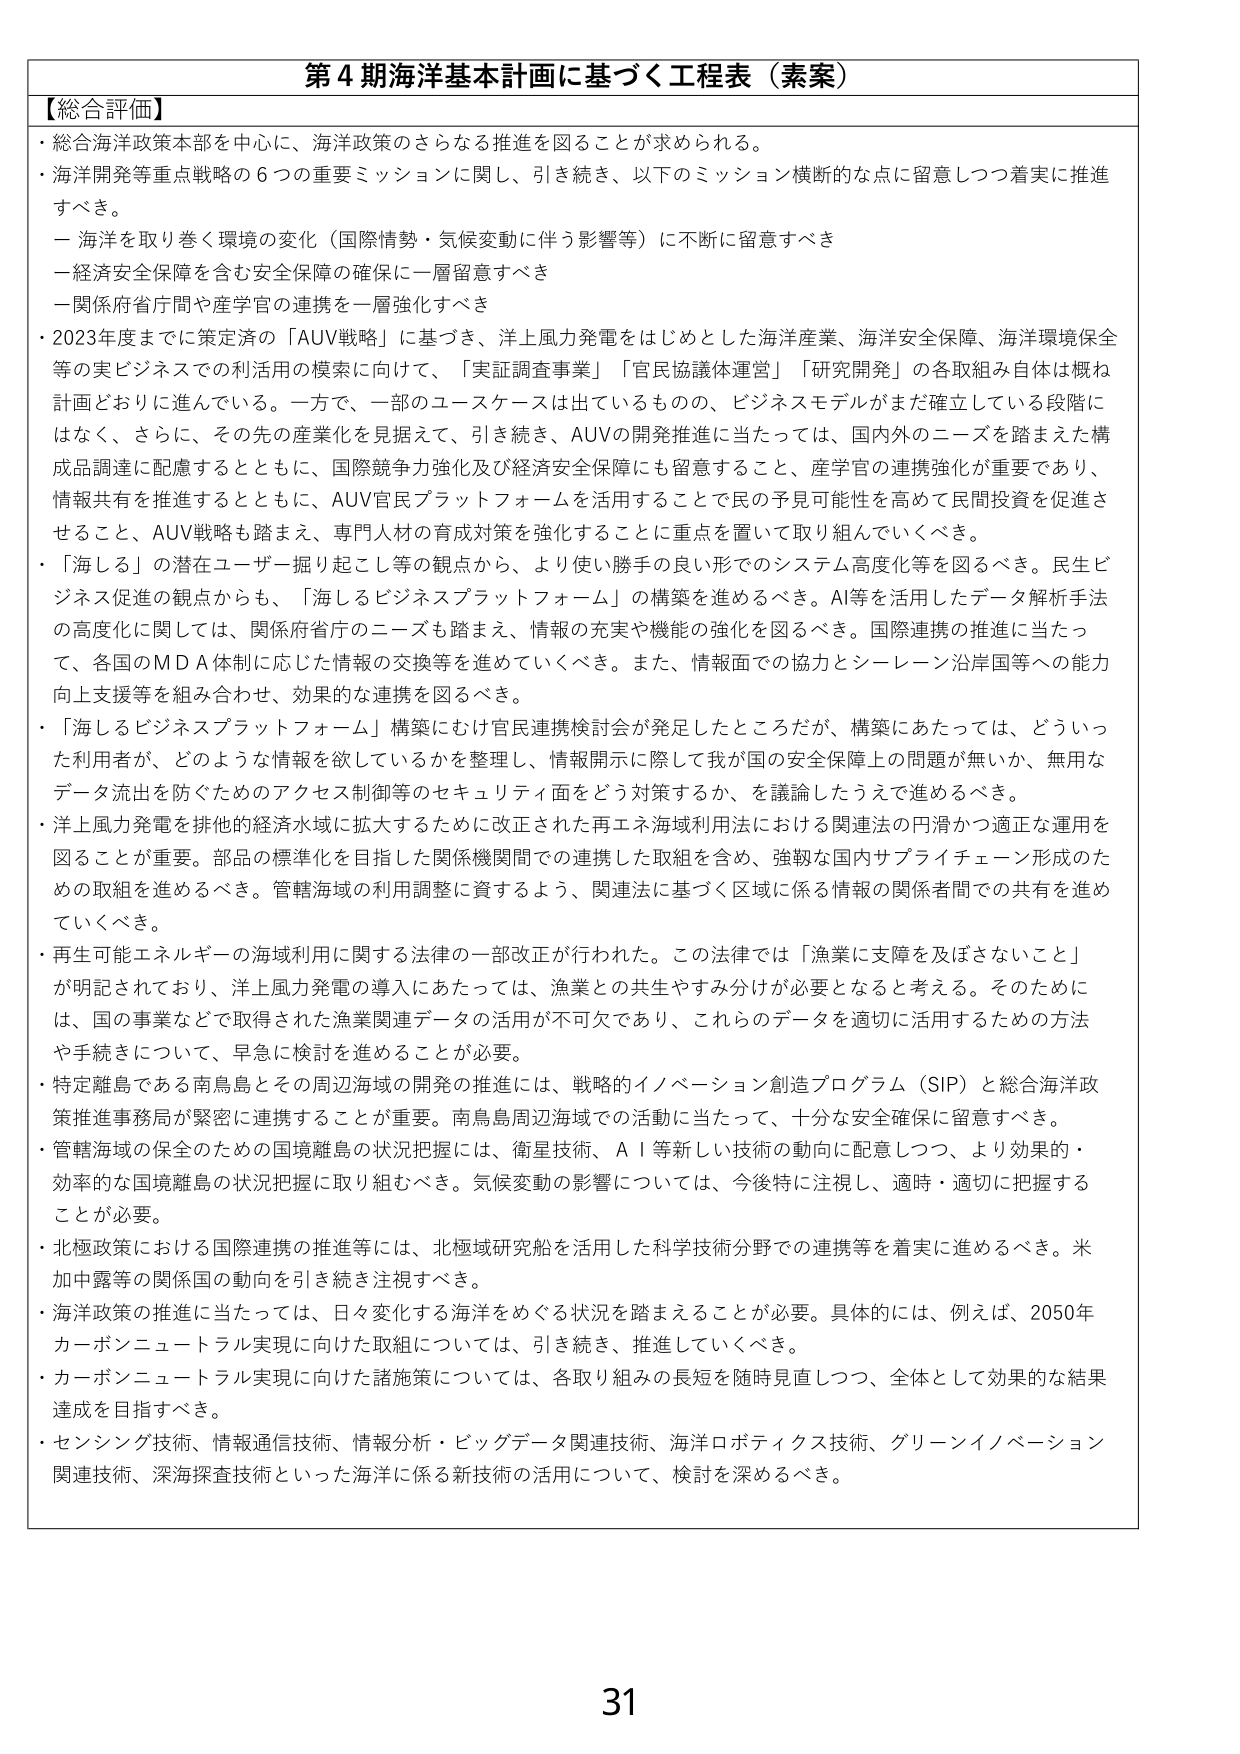
第４期海洋基本計画に基づく工程表（素案）

【総合評価】

・総合海洋政策本部を中心に、海洋政策のさらなる推進を図ることが求められる。

・海洋開発等重点戦略の６つの重要ミッションに関し、引き続き、以下のミッション横断的な点に留意しつつ着実に推進すべき。

　－海洋を取り巻く環境の変化（国際情勢・気候変動に伴う影響等）に不断に留意すべき

　－経済安全保障を含む安全保障の確保に一層留意すべき

　－関係府省庁間や産学官の連携を一層強化すべき

・2023年度までに策定済の「AUV戦略」に基づき、洋上風力発電をはじめとした海洋産業、海洋安全保障、海洋環境保全等の実ビジネスでの利活用の模索に向けて、「実証調査事業」「官民協議体運営」「研究開発」の各取組み自体は概ね計画どおりに進んでいる。一方で、一部のユースケースは出ているものの、ビジネスモデルがまだ確立している段階にはなく、さらに、その先の産業化を見据えて、引き続き、AUVの開発推進に当たっては、国内外のニーズを踏まえた構成品調達に配慮するとともに、国際競争力強化及び経済安全保障にも留意すること、産学官の連携強化が重要であり、情報共有を推進するとともに、AUV官民プラットフォームを活用することで民の予見可能性を高めて民間投資を促進させること、AUV戦略も踏まえ、専門人材の育成対策を強化することに重点を置いて取り組んでいくべき。

・「海しる」の潜在ユーザー掘り起こし等の観点から、より使い勝手の良い形でのシステム高度化等を図るべき。民生ビジネス促進の観点からも、「海しるビジネスプラットフォーム」の構築を進めるべき。AI等を活用したデータ解析手法の高度化に関しては、関係府省庁のニーズも踏まえ、情報の充実や機能の強化を図るべき。国際連携の推進に当たって、各国のMDA体制に応じた情報の交換等を進めていくべき。また、情報面での協力とシーレーン沿岸国等への能力向上支援等を組み合わせ、効果的な連携を図るべき。

・「海しるビジネスプラットフォーム」構築にむけ官民連携検討会が発足したところだが、構築にあたっては、どういった利用者が、どのような情報を欲しているかを整理し、情報開示に際して我が国の安全保障上の問題が無いか、無用なデータ流出を防ぐためのアクセス制御等のセキュリティ面をどう対策するか、を議論したうえで進めるべき。

・洋上風力発電を排他的経済水域に拡大するために改正された再エネ海域利用法における関連法の円滑かつ適正な運用を図ることが重要。部品の標準化を目指した関係機関間での連携した取組を含め、強靭な国内サプライチェーン形成のための取組を進めるべき。管轄海域の利用調整に資するよう、関連法に基づく区域に係る情報の関係者間での共有を進めていくべき。

・再生可能エネルギーの海域利用に関する法律の一部改正が行われた。この法律では「漁業に支障を及ぼさないこと」が明記されており、洋上風力発電の導入にあたっては、漁業との共生やすみ分けが必要となると考える。そのためには、国の事業などで取得された漁業関連データの活用が不可欠であり、これらのデータを適切に活用するための方法や手続きについて、早急に検討を進めることが必要。

・特定離島である南鳥島とその周辺海域の開発の推進には、戦略的イノベーション創造プログラム（SIP）と総合海洋政策推進事務局が緊密に連携することが重要。南鳥島周辺海域での活動に当たって、十分な安全確保に留意すべき。

・管轄海域の保全のための国境離島の状況把握には、衛星技術、AI等新しい技術の動向に配意しつつ、より効果的・効率的な国境離島の状況把握に取り組むべき。気候変動の影響については、今後特に注視し、適時・適切に把握することが必要。

・北極政策における国際連携の推進等には、北極域研究船を活用した科学技術分野での連携等を着実に進めるべき。米加中露等の関係国の動向を引き続き注視すべき。

・海洋政策の推進に当たっては、日々変化する海洋をめぐる状況を踏まえることが必要。具体的には、例えば、2050年カーボンニュートラル実現に向けた取組については、引き続き、推進していくべき。

・カーボンニュートラル実現に向けた諸施策については、各取り組みの長短を随時見直しつつ、全体として効果的な結果達成を目指すべき。

・センシング技術、情報通信技術、情報分析・ビッグデータ関連技術、海洋ロボティクス技術、グリーンイノベーション関連技術、深海探査技術といった海洋に係る新技術の活用について、検討を深めるべき。

31